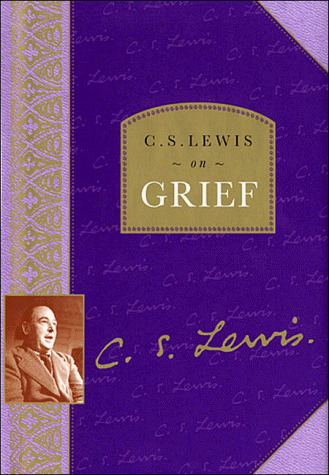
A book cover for C. S. Lewis on Grief; C. S. Lewis; Christian Books & Bibles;